Distribution and causation of leprosy in British India
Year: 1875
Disease focus: Leprosy
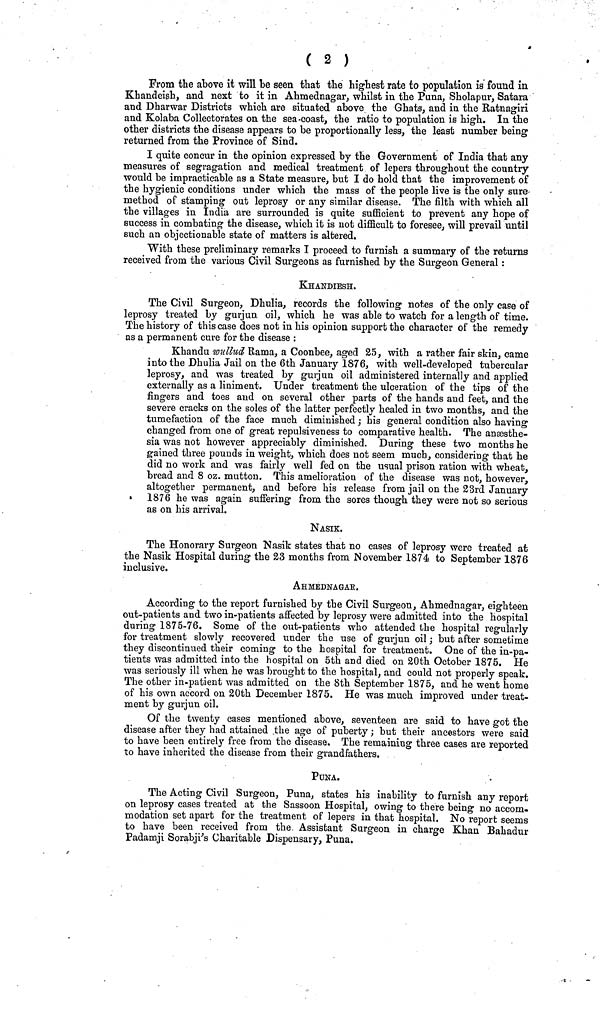
( 2 )
From the above it will be seen that the highest rate to population is found in
Khandeish, and next to it in Ahmednagar, whilst in the Puna, Sholapur, Satara
and Dharwar Districts which are situated above the Ghats, and in the Ratnagiri
and Kolaba Collectorates on the sea coast, the ratio to population is high. In the
other districts the disease appears to be proportionally less, the least number being
returned from the Province of Sin3.
I quite concur in the opinion expressed by the Government of India that any
measures of segragation and medical treatment of lepers throughout the country
would be impracticable as a State measure, but I do hold that the improvement of
the hygienic conditions under which the mass of the people live is the only sure
method of stamping out leprosy or any similar disease. The filth with which all
the villages in India are surrounded is quite sufficient to prevent any hope of
success in combating the disease, which it is not difficult to foresee, will prevail until
such an objectionable state of matters is altered.
With these preliminary remarks I proceed to furnish a summary of the returns
received from the various Civil Surgeons as furnished by the Surgeon General :
KHANDIESH.
The Civil Surgeon, Dhulia, records the following notes of the only case of
leprosy treated by gurjun. oil, which he was able to watch for a length of time.
The history of this case does not in his opinion support the character of the remedy
as a permanent cure for the disease :
Khandu wullud Rama, a Coonbee, aged 25, with a rather fair skin, came
into the Dhulia Jail on the 6th January 1876, with well-developed tubercular
leprosy, and was treated by gurjun oil administered internally and applied
externally as a liniment. Under treatment the ulceration of the tips of the
fingers and toes and on several other parts of the hands and feet, and the
severe cracks on the soles of the latter perfectly healed in two months, and the
tumefaction of the face much diminished ; his general condition also having
changed from one of great repulsiveness to comparative health. The anæsthe-
sia was not however appreciably diminished. During these two months he
gained three pounds in weight, which does not seem much, considering that he
did no work and was fairly well fed on the usual prison ration with wheat,
bread and 8 oz. mutton. This amelioration of the disease was not, however,
altogether permanent, and before his release from jail on the 23rd January
1876 he was again suffering from the sores though they were not so serious
as on his arrival.
NASIK.
The Honorary Surgeon Nasik states that no cases of leprosy were treated at
the Nasik Hospital during the 23 months from November 1874 to September 1876
inclusive.
AHMEDNAGAR.
According to the report furnished by the Civil Surgeon, Ahmednagar, eighteen
out-patients and two in-patients affected by leprosy were admitted into the hospital
during 1875-76. Some of the out-patients who attended the hospital regularly
for treatment slowly recovered under the use of gurjun oil ; but after sometime
they discontinued their coming to the hospital for treatment. One of the in-pa-
tients was admitted into the hospital on 5th and died on 20th October 1875. He
was seriously ill when he was brought to the hospital, and could not properly speak.
The other in-patient was admitted on the 8th September 1875, and he went home
of his own accord on 20th December 1875. He was much improved under treat-
ment by gurjun oil.
Of the twenty cases mentioned above, seventeen are said to have got the
disease after they had attained the age of puberty ; but their ancestors were said
to have been entirely free from the disease. The remaining three cases are reported
to have inherited the disease from their grandfathers.
PUNA.
The Acting Civil Surgeon, Puna, states his inability to furnish any report
on leprosy cases treated at the Sassoon Hospital, owing to there being no accom-
modation set apart for the treatment of lepers in that hospital. No report seems
to have been received from the Assistant Surgeon in charge Khan Bahadur
Padamji Sorabji's Charitable Dispensary, Puna.